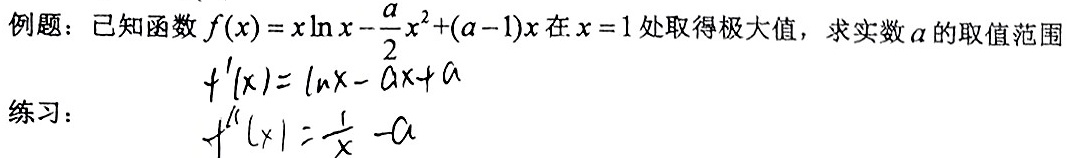
例题：已知函数$f(x)=x\ln x - \frac{a}{2}x^{2}+(a - 1)x$在$x = 1$处取得极大值，求实数$a$的取值范围
练习：
\[
\begin{align*}
f^{\prime}(x)&=\ln x - ax + a\\
f^{\prime\prime}(x)&=\frac{1}{x}-a
\end{align*}
\]